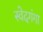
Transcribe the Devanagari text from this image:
स्वेदगंगा